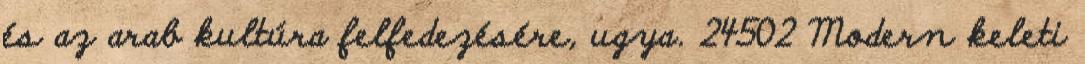
és az arab kultúra felfedezésére, ugya. 24502 Modern keleti